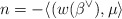
\begin{align*} n = -\langle(w(\beta^\vee), \mu \rangle\end{align*}